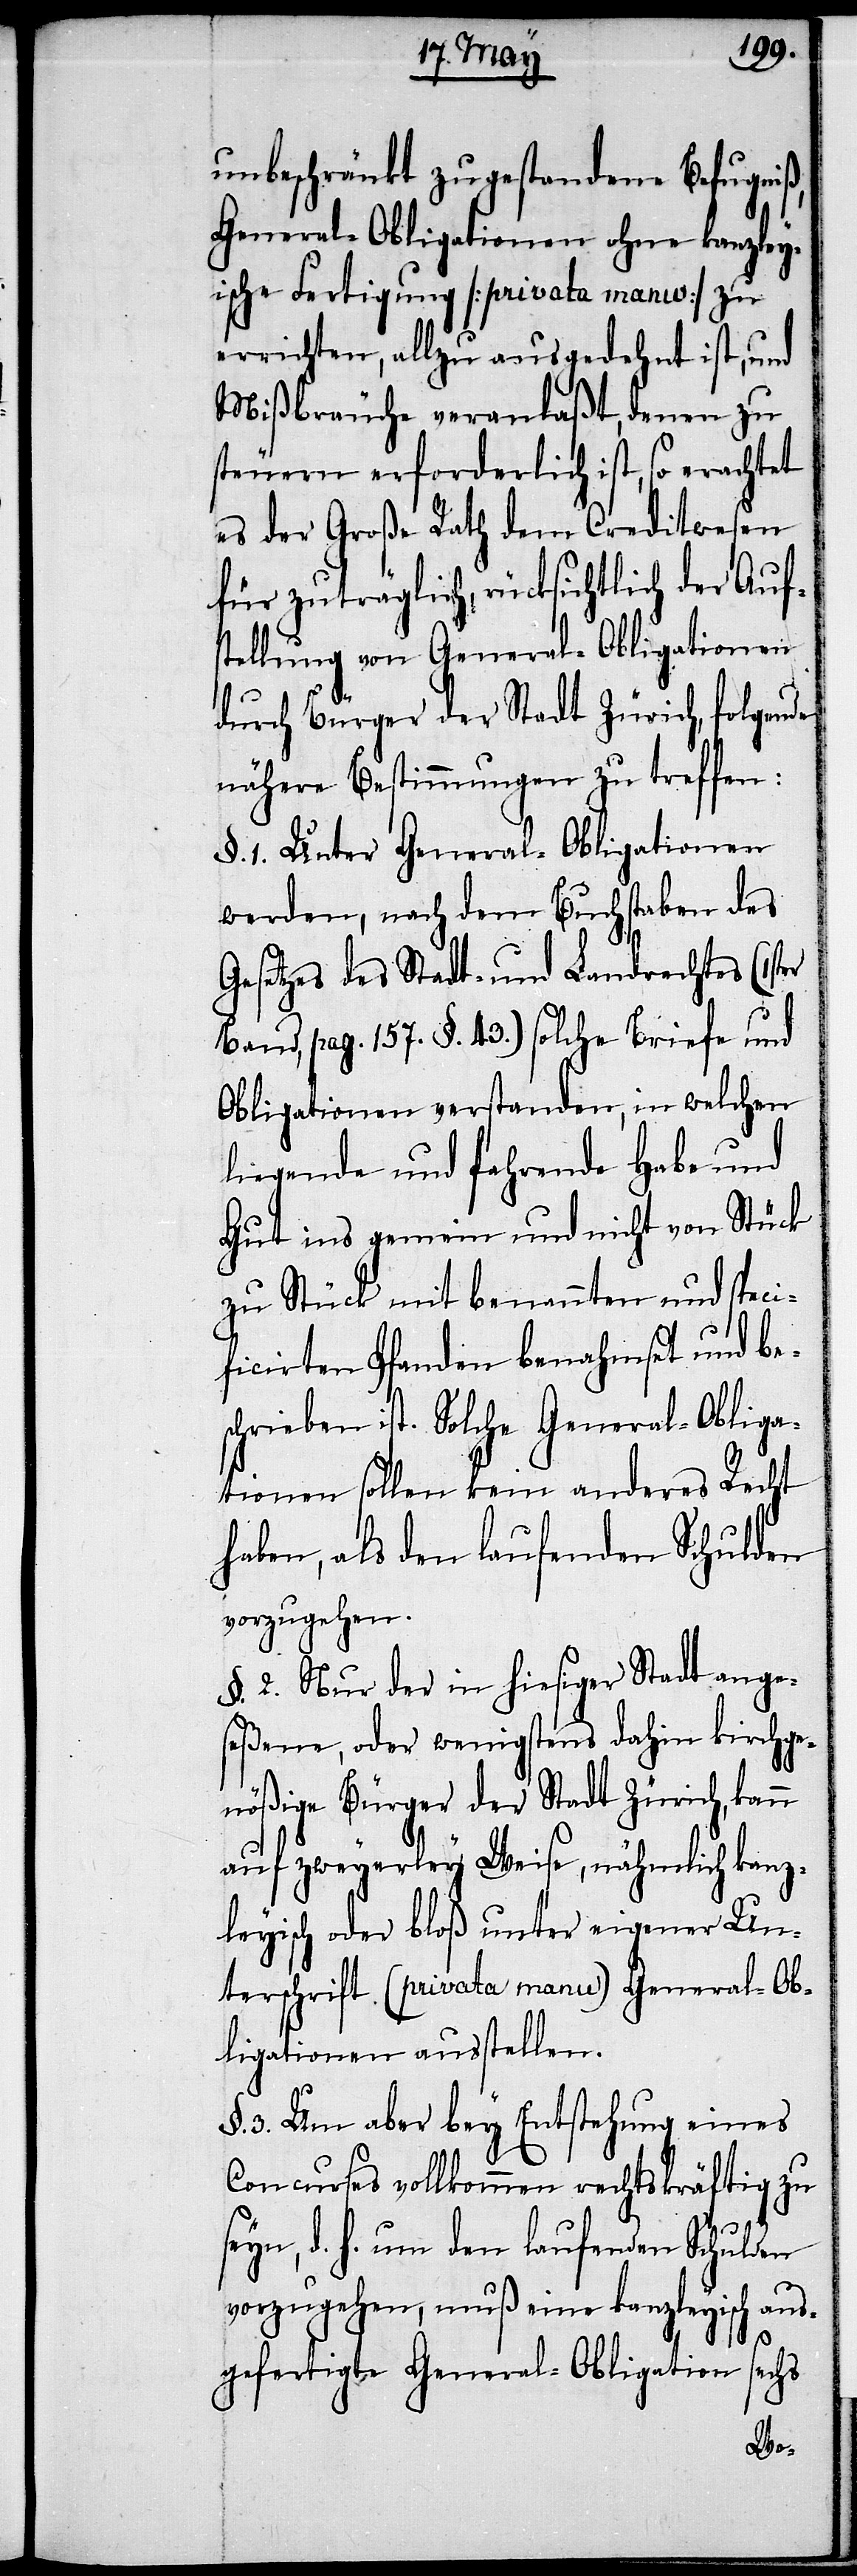
unbeschränkt zugestandene Befugniß,
General-Obligationen ohne kanzley¬
ische Fertigung [privata manu] zu
errichten, allzu ausgedehnt ist, und
Mißbräuche veranlaße, denen zu
steuern erforderlich ist, so erachtet
es der Große Rath dem Creditwesen
für zuträglich, rücksichtlich der Aufs¬
tellung von General-Obligationen
durch Bürger der Stadt Zürich, folgende
nähere Bestimmungen zu treffen:
§. 1. Unter General-Obligationen
werden, nach dem Buchstaben des
Gesetzes des Stadt- und Landrechtes (1ster
Band, pag. 157. §. 43) solche Briefe und
Obligationen verstanden, in welchen
liegende und fahrende Habe und
Gut ins gemein und nicht von Stück
zu Stück mit benannten und speci¬
ficirten Pfanden benahmset und be¬
schrieben ist. Solche General-Obliga¬
tionen sollen kein anderes Recht
haben, als den laufenden Schulden
vorzugehen.
§. 2. Nur der in hiesiger Stadt ange¬
seßene, oder wenigstens dahin kirchge¬
nößige Bürger der Stadt Zürich, kann
auf zweyerley Weise, nähmlich kanz¬
leyisch oder bloß unter eigener Un¬
terschrift (privata manu) General-Ob¬
ligationen ausstellen.
§. 3. Um aber bey Entstehung eines
Concurses vollkommen rechtskräftig zu
seyn, d. h. um den laufenden Schulden
vorzugehen, muß eine kanzleyisch aus¬
gefertigte General-Obligation sechs